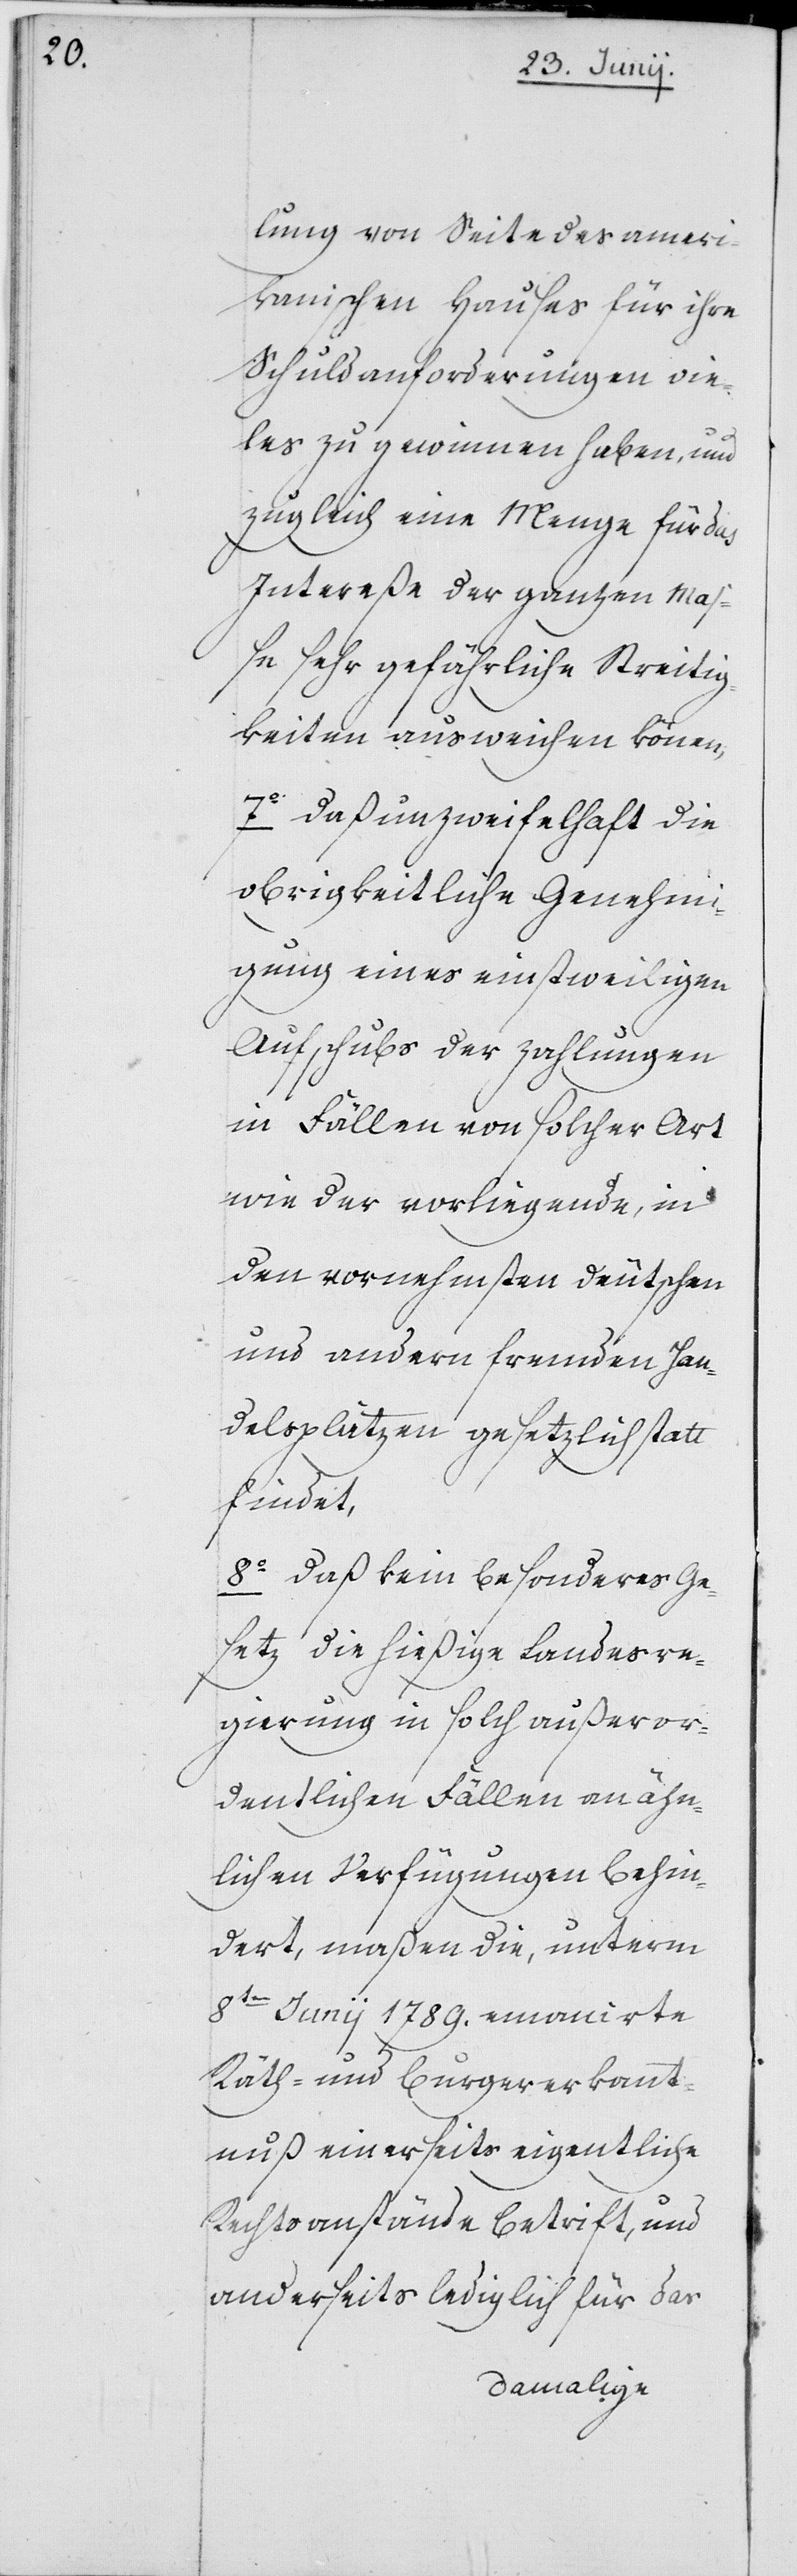
lung von Seite des ameri¬
kanischen Hauses für ihre
Schuldanforderungen vie¬
les zu gewinnen haben, und
zugleich eine Menge für das
Intereße der ganzen Maß¬
e sehr gefährliche Streitig¬
keiten ausweichen könen,
7o daß unzweifelhaft die
obrigkeitliche Genehmi¬
gung eines einstweiligen
Aufschubs der Zahlungen
in Fällen von solcher Art
wie der vorliegende, in
den vornehmsten deutschen
und andern fremden Han¬
delsplätzen gesetzlich statt
findet,
8o daß kein besonderes Ge¬
setz die hießige Landesre¬
gierung in solch außeror¬
dentlichen Fällen an ähn¬
lichen Verfügungen behin¬
dert, maßen die, unterm
8ten Junii 1789. emanirte
Räth- und Burgererkannt¬
nuß einerseits eigentliche
Rechtsanstände betrift, und
anderseits lediglich für das